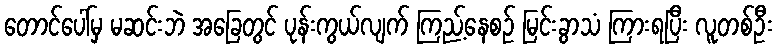
တောင်ပေါ်မှ မဆင်းဘဲ အခြေတွင် ပုန်းကွယ်လျက် ကြည့်နေစဉ် မြင်းခွာသံ ကြားရပြီး လူတစ်ဦး